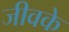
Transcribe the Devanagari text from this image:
जीवके